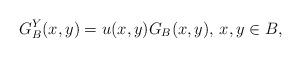
LaTeX: \begin{align*}G_B^Y(x,y)=u(x,y)G_B(x,y),\, x,y\in B,\end{align*}